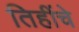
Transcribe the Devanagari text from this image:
तिहींचे